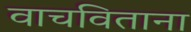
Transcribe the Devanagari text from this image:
वाचविताना